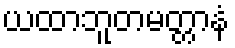
ယထာဘူတမတ္တာနံ